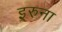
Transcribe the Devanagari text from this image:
इरुना